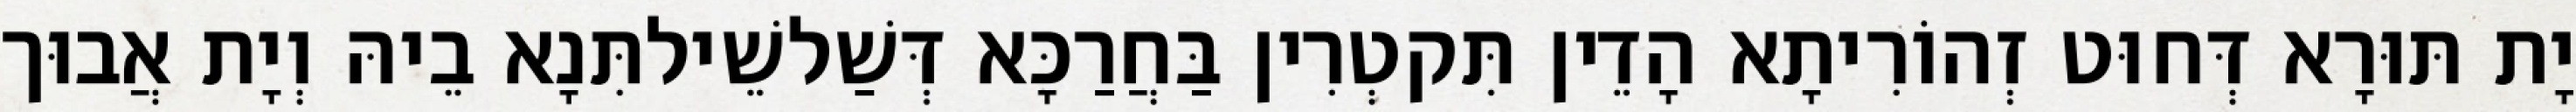
יָת תּוּרָא דְּחוּט זְהוֹרִיתָא הָדֵין תִּקטְרִין בַּחֲרַכָּא דְּשַׁלשֵׁילתִּנָא בֵיהּ וְיָת אֲבוּך